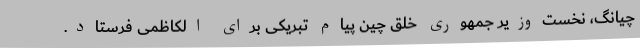
‌چیانگ، نخست‌وزیر جمهوری خلق چین پیام تبریکی برای الکاظمی فرستاد.